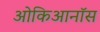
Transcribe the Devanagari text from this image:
ओकिआनॉस